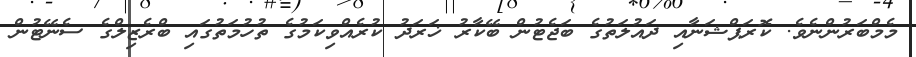
މެމްބަރުންނެވެ. ކޮރަޕްޝަނާއި ދައުލަތުގެ ބަޖެޓުން ބޭކާރު ޚަރަދު ކުރެއްވިކަމުގެ ތުހުމަތުގައި ބްރެޒިލްގެ ސެނޭޓުން